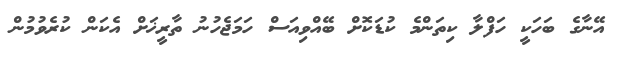
އޭނާގެ ބަހަކީ ހަފްލާ ކިތަންމެ ކުޑަކޮށް ބޭއްވިއަސް ހަމަޖެހުނު ތާރީޚަށް އެކަން ކުރެވުމުން